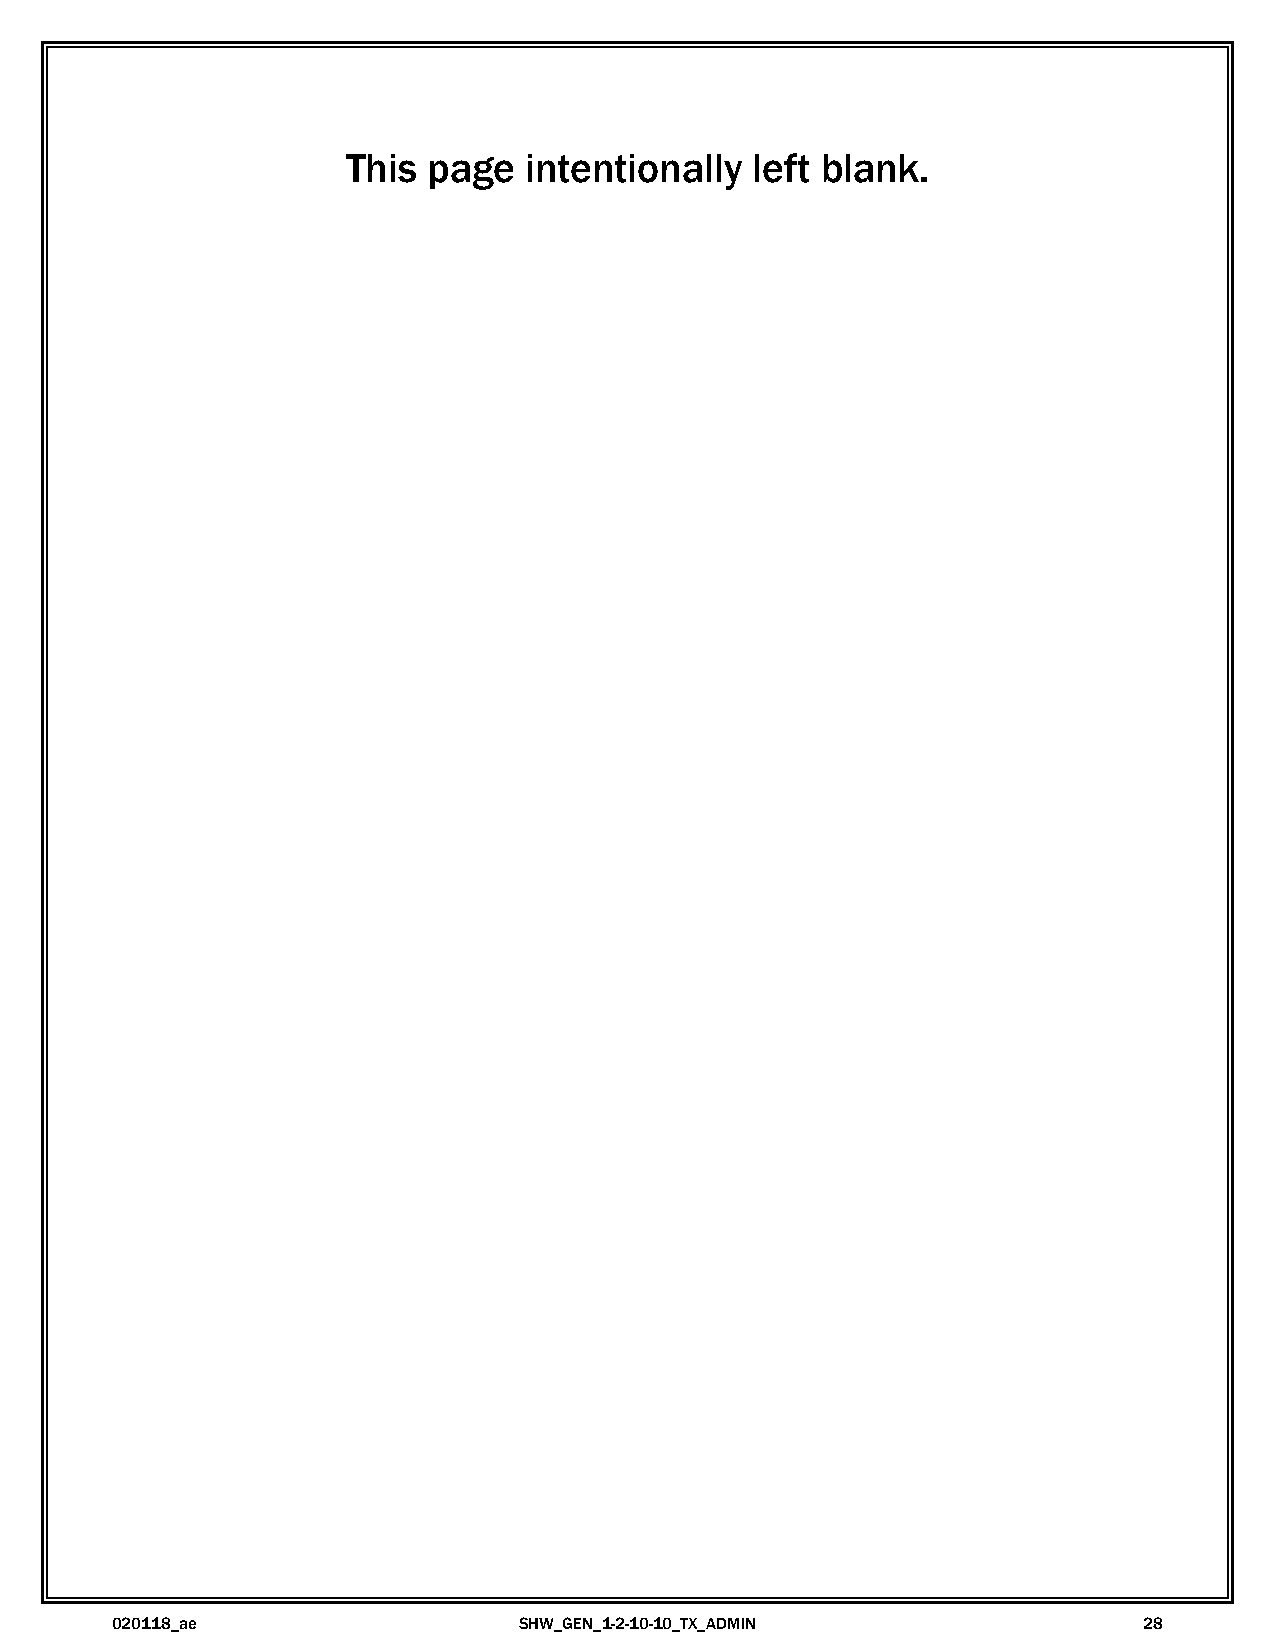
This page   intentionally  left blank.
 020118_ae                  SHW_GEN_1-2-10-10_TX_ADMIN                28